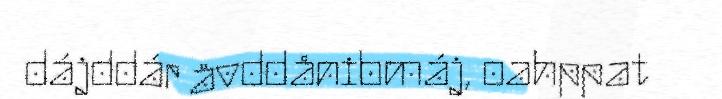
dájddár åvddånibmáj, oahppat